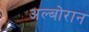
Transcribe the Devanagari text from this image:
अल्बोरान